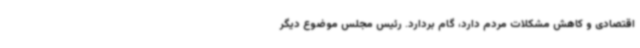
اقتصادی و کاهش مشکلات مردم دارد، گام بردارد. رئیس مجلس موضوع دیگر